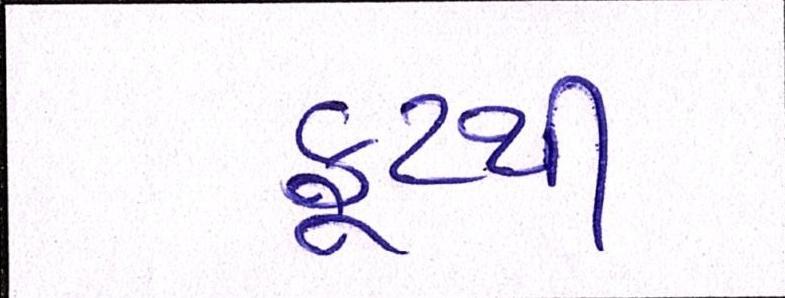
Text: ફૂટથી